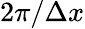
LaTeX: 2\pi/\Delta x